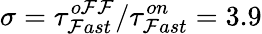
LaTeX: \sigma=\tau_{\mathcal{F}ast}^{o\mathcal{F}\mathcal{F}}/\tau_{\mathcal{F}ast}^{on}=3.9